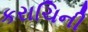
કરાચિની